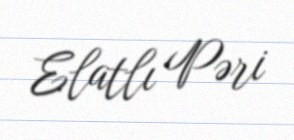
Elatlı Pəri